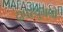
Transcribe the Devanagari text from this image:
द्रापरयुगनो